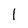
Character: l